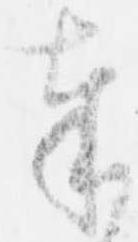
奉